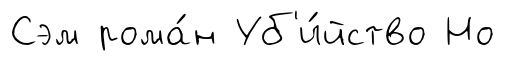
Сэм рома́н Уб'и́йство Но